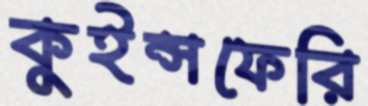
কুইন্সফেরি